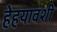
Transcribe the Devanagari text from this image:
हेहयावंशी